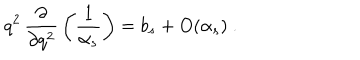
q ^ { 2 } \, \frac { \partial } { \partial q ^ { 2 } } \, \left( \frac { 1 } { \alpha _ { s } } \right) = b _ { s } + O ( \alpha _ { s } ) \ .